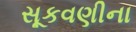
સૂકવણીના